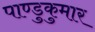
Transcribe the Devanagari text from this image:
पाण्डुकुमार